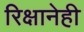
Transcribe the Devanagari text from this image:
रिक्षानेही